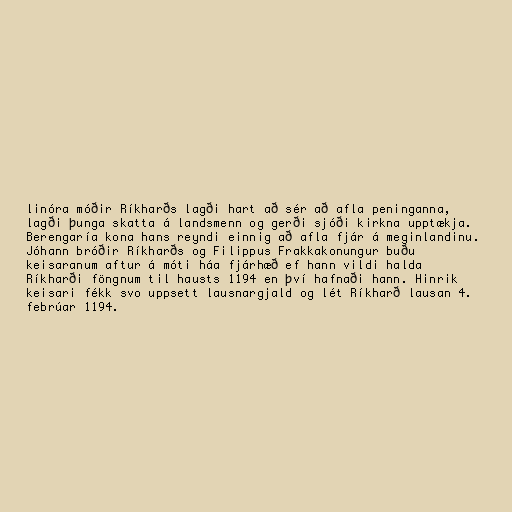
linóra móðir Ríkharðs lagði hart að sér að afla peninganna,
lagði þunga skatta á landsmenn og gerði sjóði kirkna upptækja.
Berengaría kona hans reyndi einnig að afla fjár á meginlandinu.
Jóhann bróðir Ríkharðs og Filippus Frakkakonungur buðu
keisaranum aftur á móti háa fjárhæð ef hann vildi halda
Ríkharði föngnum til hausts 1194 en því hafnaði hann. Hinrik
keisari fékk svo uppsett lausnargjald og lét Ríkharð lausan 4.
febrúar 1194.